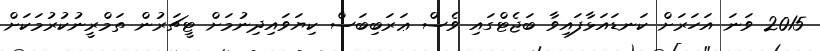
2015 ވަނަ އަހަރަށް ކަނޑައަޅާފައިވާ ބަޖެޓްގައި ވެސް ޢަރަބިބަސް ކިޔަވައިދިނުމަށް ޓީޗަރުން ތަމްރީނުކުރުމަކަށް